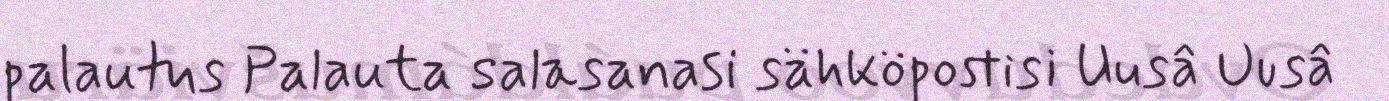
palautus Palauta salasanasi sähköpostisi Uusâ Uusâ